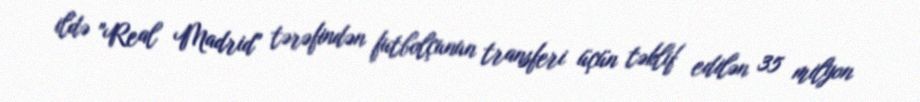
ildə "Real Madrid" tərəfindən futbolçunun transferi üçün təklif edilən 35 milyon